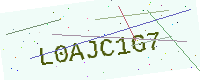
Text: L0AJC1G7